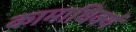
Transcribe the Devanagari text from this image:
कामाधिक्यं